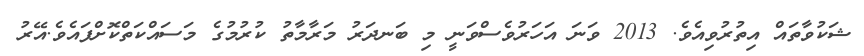
ޝަކުވާތައް އިތުރުވިއެވެ. 2013 ވަނަ އަހަރުވެސްވަނީ މި ބަނދަރު މަރާމާތު ކުރުމުގެ މަސައްކަތްކޮށްފައެވެ.އޭރު